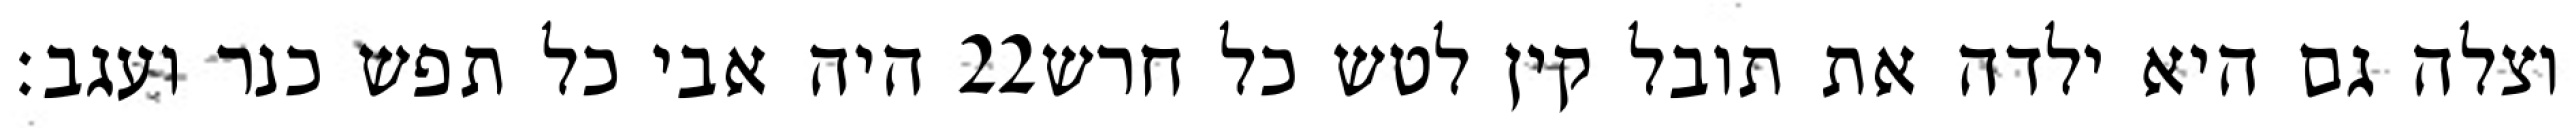
היה אבי כל תפש כנר ועגב׃ ‎22‏ וצלה גם היא ילדה את תובל קין לטש כל חרש